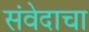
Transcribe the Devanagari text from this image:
संवेदाचा